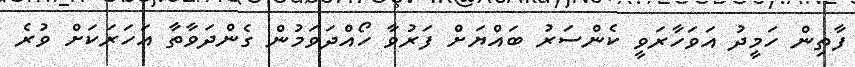
ފާތިން ހަމީދު އަވަހާރަވީ ކެންސަރު ބައްޔަށް ފަރުވާ ހޯއްދަވަމުން ގެންދަވާތާ އަހަރަކަށް ވުރެ